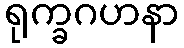
ရုက္ခဂဟနာ